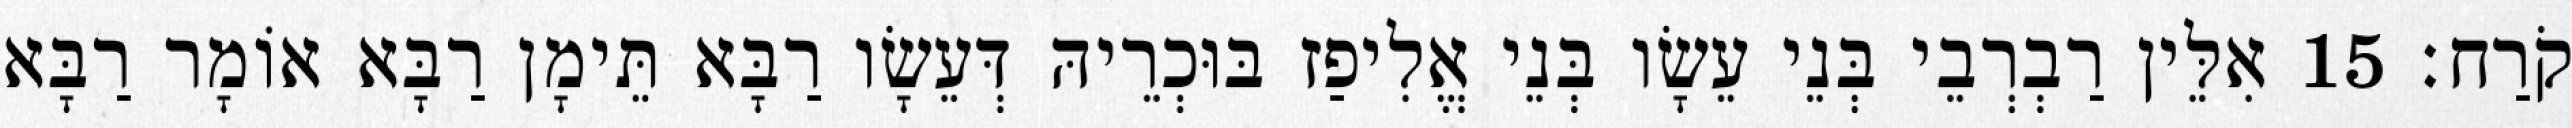
קֹרַח׃ 15 אִלֵּין רַבְרְבֵי בְּנֵי עֵשָׂו בְּנֵי אֱלִיפַז בּוּכְרֵיהּ דְּעֵשָׂו רַבָּא תֵּימָן רַבָּא אוֹמָר רַבָּא